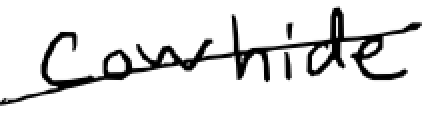
Text: Cowhide
Cross-out: diagonal
Writing tool: digital_black